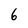
Character: 6